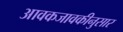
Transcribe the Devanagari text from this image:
आवकजावकीनुसार